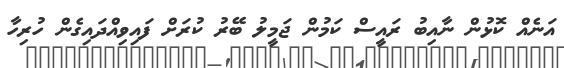
އަނެއް ކޮޅުން ނާއިބު ރައީސް ކަމުން ޖަމީލު ބޭރު ކުރަށް ފައިވިއްދައިގެން ހުރިހާ